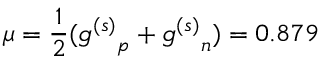
\mu = { \frac { 1 } { 2 } } ( { g ^ { ( s ) } } _ { p } + { g ^ { ( s ) } } _ { n } ) = 0 . 8 7 9